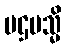
ပဌမသ္မိ